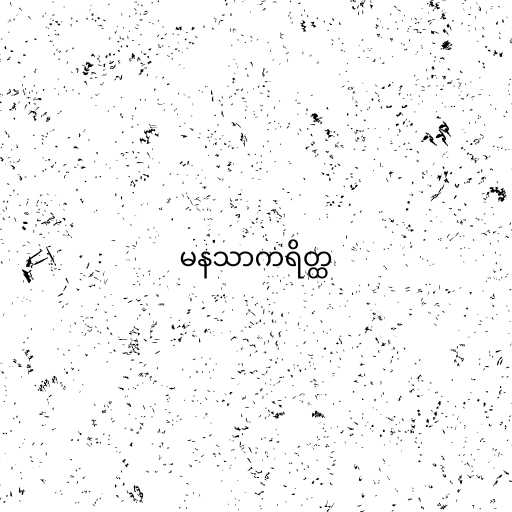
မနသာကရိတ္ထ